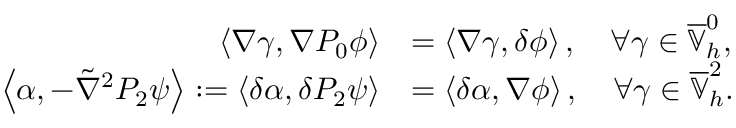
\begin{array} { r l } { \left\langle \nabla \gamma , \nabla P _ { 0 } \phi \right\rangle } & { = \left\langle \nabla \gamma , \delta \phi \right\rangle , \quad \forall \gamma \in \overline { { \mathbb { V } } } _ { h } ^ { 0 } , } \\ { \left\langle \alpha , - \tilde { \nabla } ^ { 2 } P _ { 2 } \psi \right\rangle : = \left\langle \delta \alpha , \delta P _ { 2 } \psi \right\rangle } & { = \left\langle \delta \alpha , \nabla \phi \right\rangle , \quad \forall \gamma \in \overline { { \mathbb { V } } } _ { h } ^ { 2 } . } \end{array}